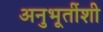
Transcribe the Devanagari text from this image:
अनुभूतींशी